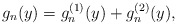
\begin{align*} g_n (y) = g_n^{(1)} (y) + g_n^{(2)} (y) , \end{align*}